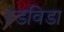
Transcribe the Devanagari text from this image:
इडविडा